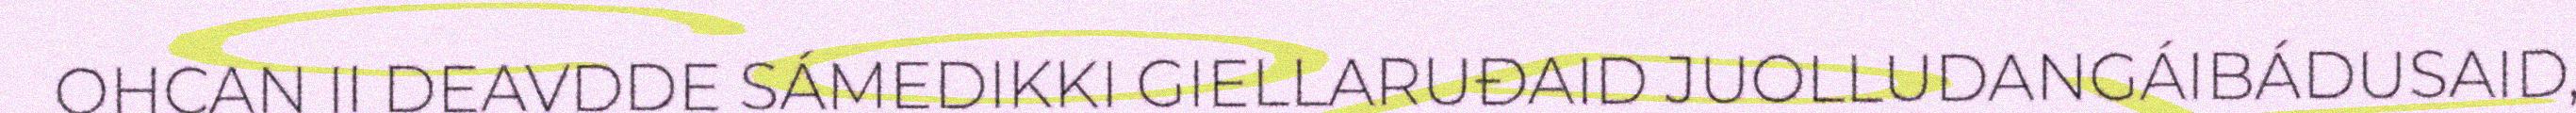
OHCAN II DEAVDDE SÁMEDIKKI GIELLARUĐAID JUOLLUDANGÁIBÁDUSAID,